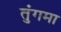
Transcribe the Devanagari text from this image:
तुंगमा